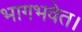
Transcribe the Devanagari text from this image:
भागभवेत।